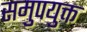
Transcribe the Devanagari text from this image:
समुपयुक्त